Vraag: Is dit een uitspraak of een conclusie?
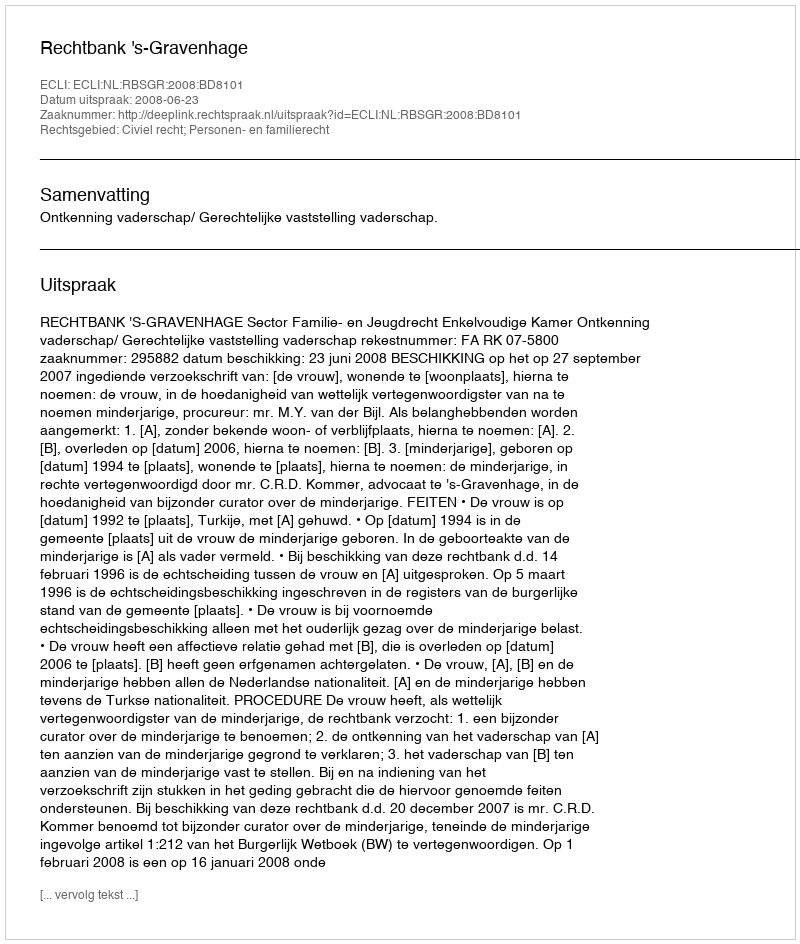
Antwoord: Uitspraak